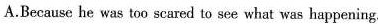
A.Because be was too scared to see what was heppening.